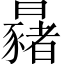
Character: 𣌂